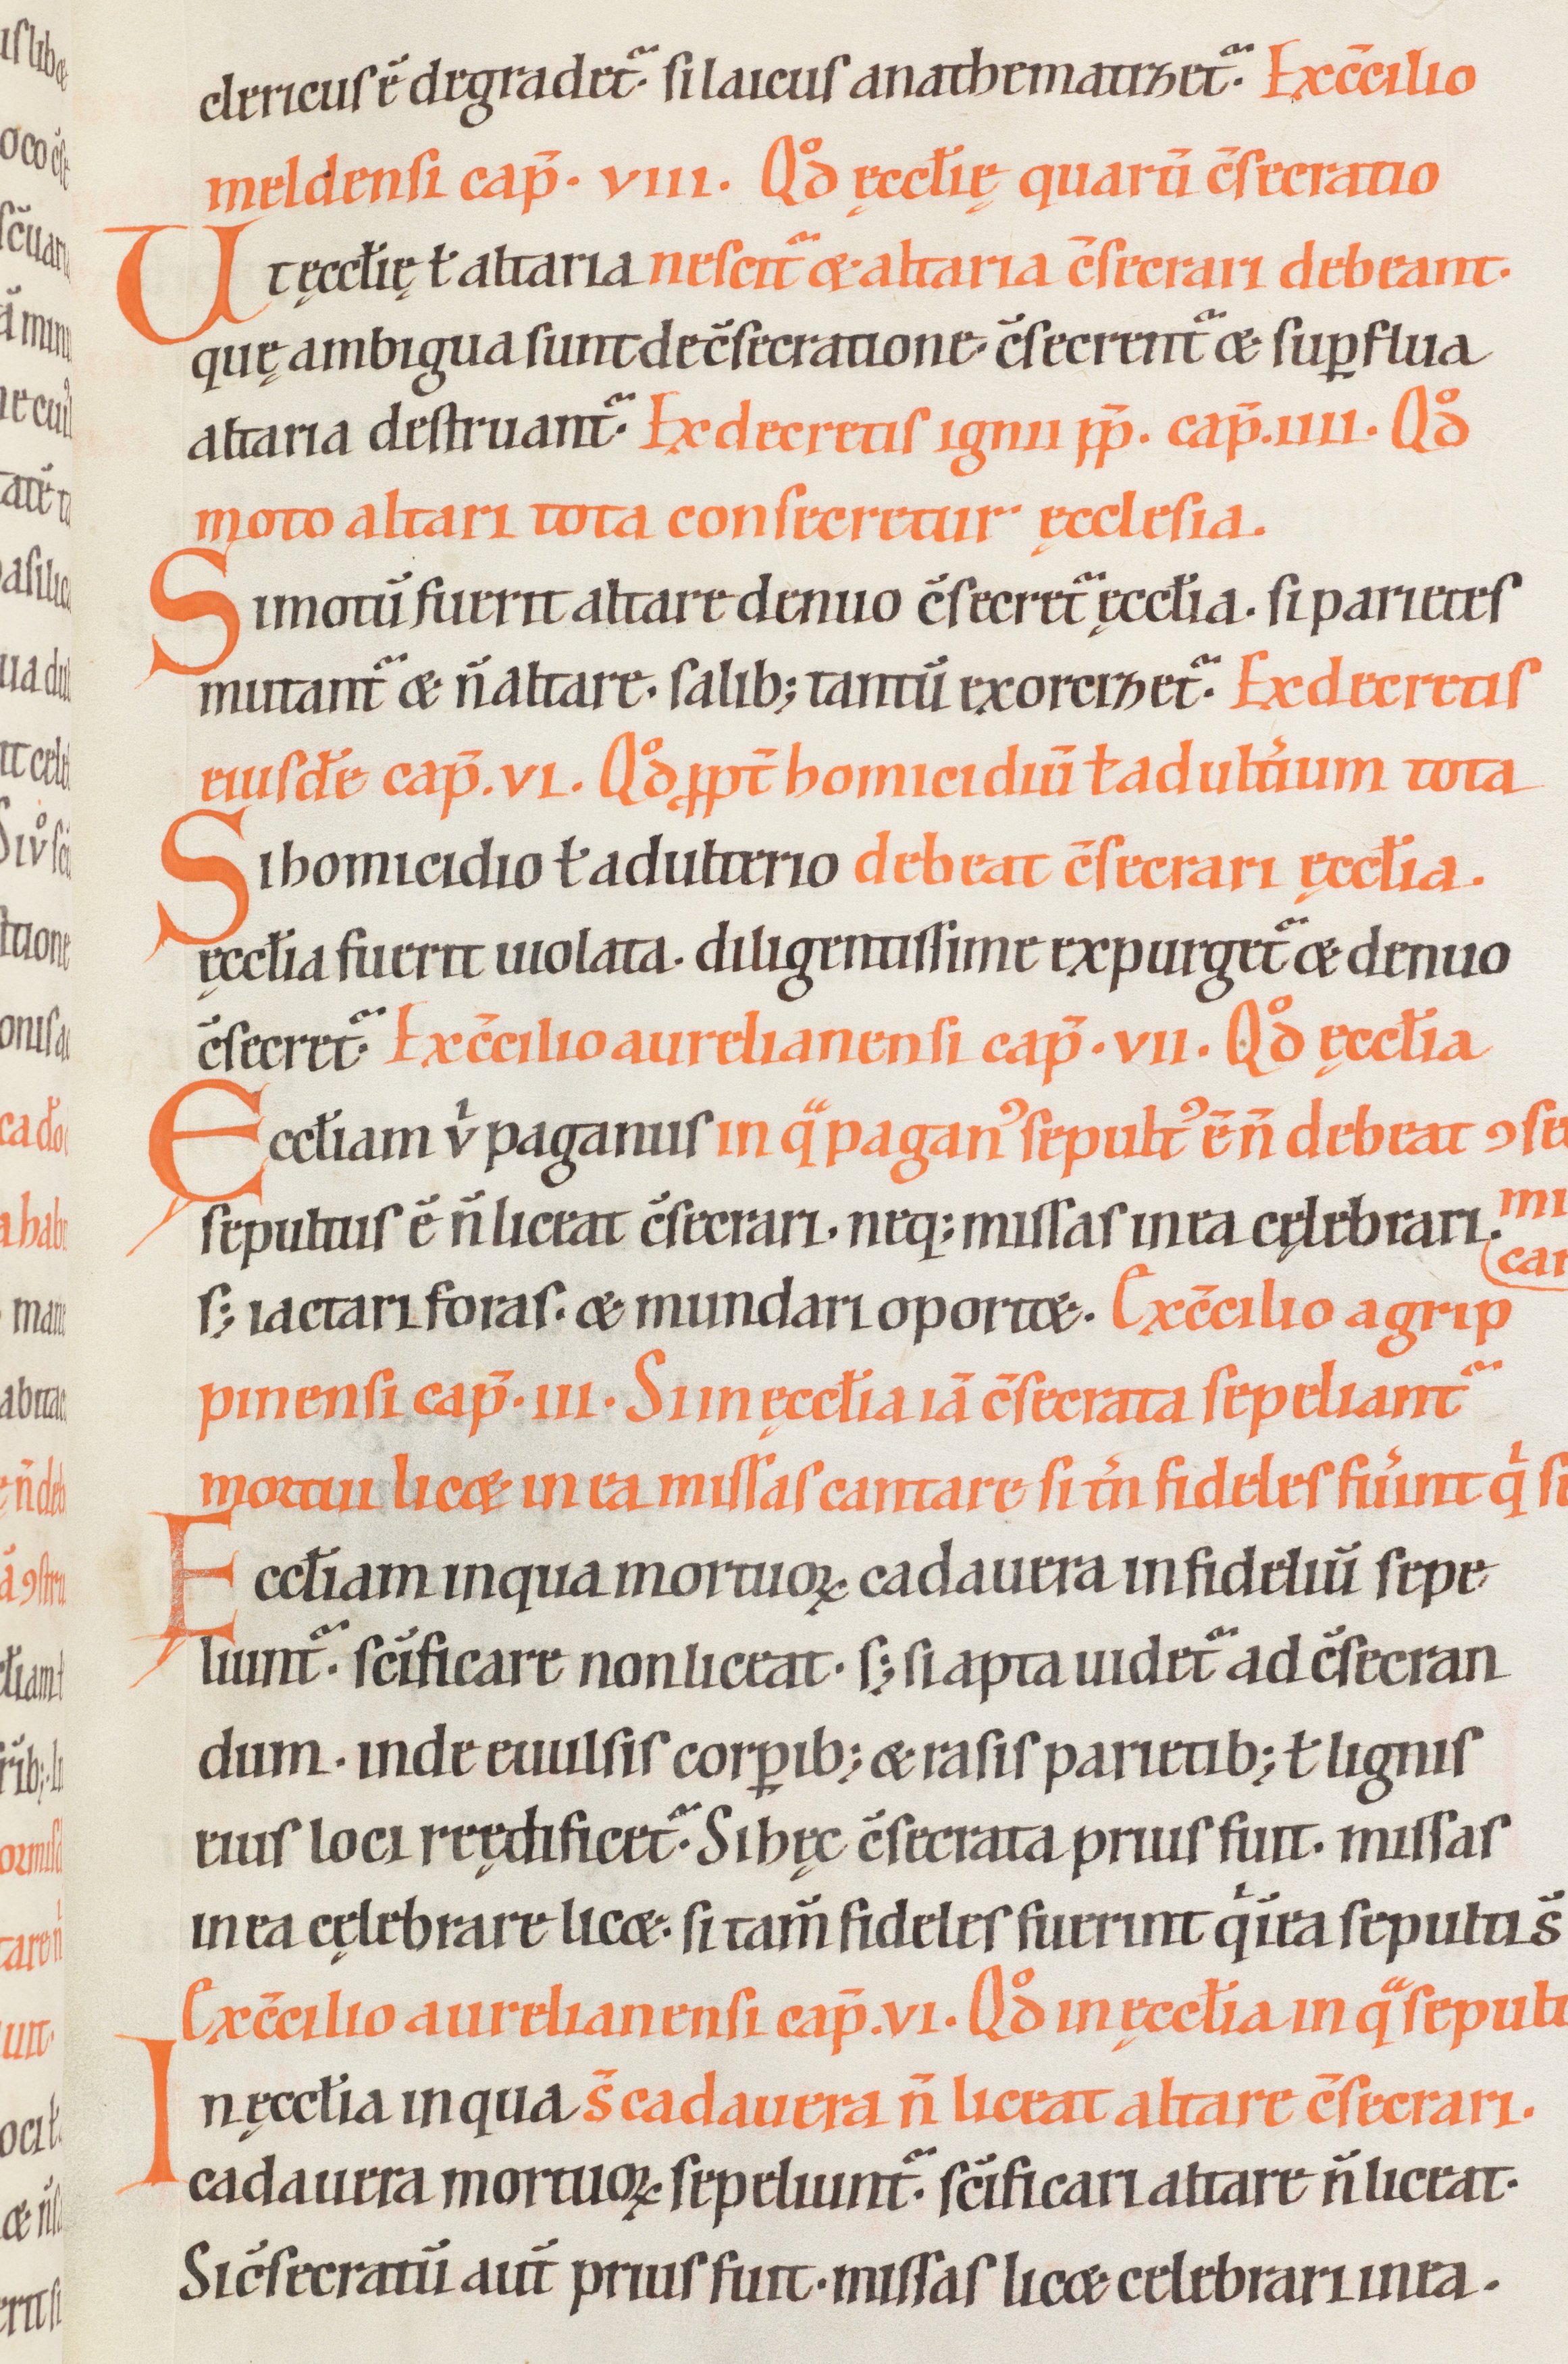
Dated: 1100–1199